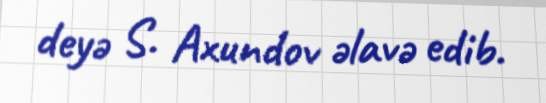
deyə S. Axundov əlavə edib.